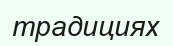
традициях